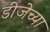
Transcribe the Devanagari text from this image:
डीजेच्या